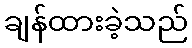
ချန်ထားခဲ့သည်